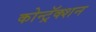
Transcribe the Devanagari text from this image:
कोन्ट्रॅक्शन